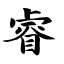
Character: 睿